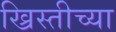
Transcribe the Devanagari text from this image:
ख्रिस्तीच्या